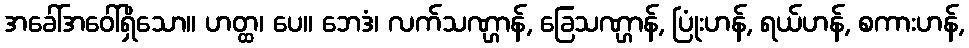
အခေါ်အဝေါ်ရှိသော။ ဟတ္ထ၊ ပေ။ ဘေဒံ၊ လက်သဏ္ဌာန်, ခြေသဏ္ဌာန်, ပြုံးဟန်, ရယ်ဟန်, စကားဟန်,